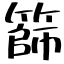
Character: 篩